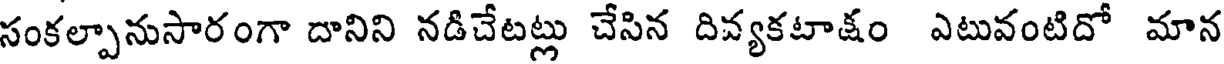
సంకల్పానుసారంగా దానిని నడిచేటట్లు చేసిన దివ్యకటాక్షం ఎటువంటిదో మాన